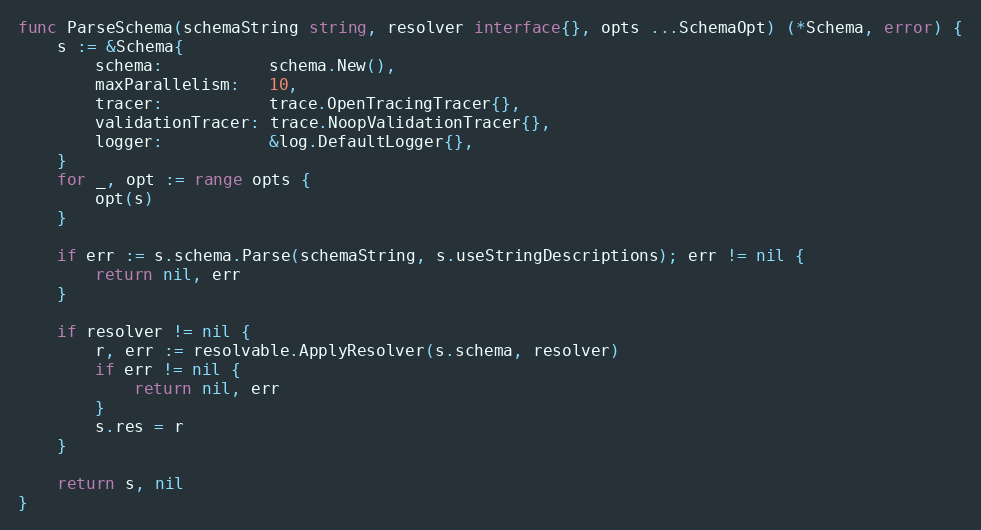
Language: Go
func ParseSchema(schemaString string, resolver interface{}, opts ...SchemaOpt) (*Schema, error) {
	s := &Schema{
		schema:           schema.New(),
		maxParallelism:   10,
		tracer:           trace.OpenTracingTracer{},
		validationTracer: trace.NoopValidationTracer{},
		logger:           &log.DefaultLogger{},
	}
	for _, opt := range opts {
		opt(s)
	}

	if err := s.schema.Parse(schemaString, s.useStringDescriptions); err != nil {
		return nil, err
	}

	if resolver != nil {
		r, err := resolvable.ApplyResolver(s.schema, resolver)
		if err != nil {
			return nil, err
		}
		s.res = r
	}

	return s, nil
}